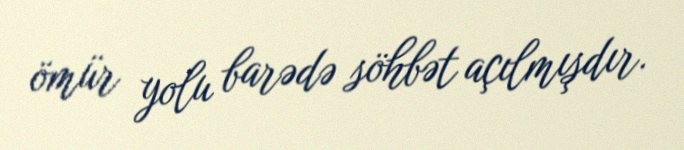
ömür yolu barədə söhbət açılmışdır.